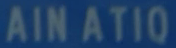
AINATIQ